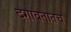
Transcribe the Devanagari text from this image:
दगावतातच